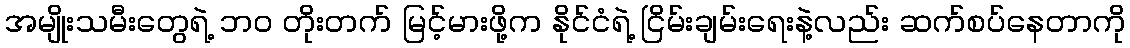
အမျိုးသမီးတွေရဲ့ ဘဝ တိုးတက် မြင့်မားဖို့က နိုင်ငံရဲ့ ငြိမ်းချမ်းရေးနဲ့လည်း ဆက်စပ်နေတာကို